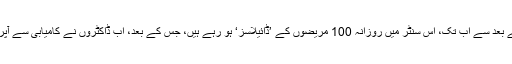
اُنھوں نے بتایا کہ، اس کے بعد سے اب تک، اس سنٹر میں روزانہ 100 مریضوں کے ’ڈائیلاسز‘ ہو رہے ہیں، جس کے بعد، اب ڈاکٹروں نے کامیابی سے آپریشن بھی شروع کیے ہیں۔